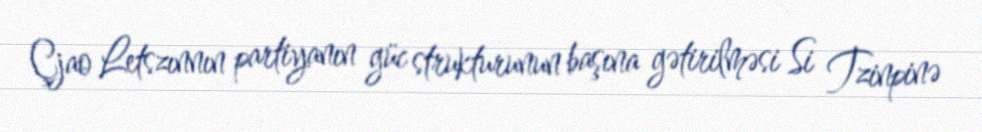
Çjao Letszınnın partiyanın güc strukturunun başına gətirilməsi Si Tzinpinə